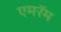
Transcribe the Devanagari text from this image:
एमरॅम